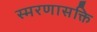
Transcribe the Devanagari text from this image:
स्मरणासक्ति